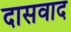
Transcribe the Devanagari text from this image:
दासवाद